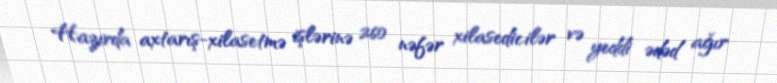
Hazırda axtarış-xilasetmə işlərinə 260 nəfər xilasedicilər və yeddi ədəd ağır